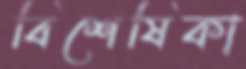
বিশেষিকা